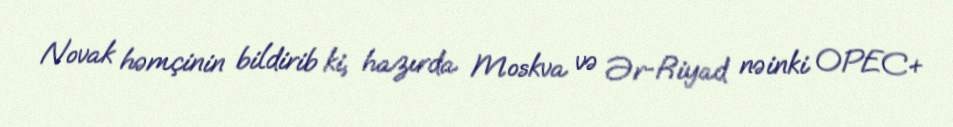
Novak həmçinin bildirib ki, hazırda Moskva və Ər-Riyad nəinki OPEC+